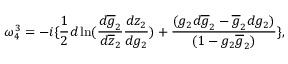
\omega _ { 4 } ^ { 3 } = - i \{ \frac { 1 } { 2 } d \ln ( \frac { d \overline { { { g } } } _ { 2 } } { d \overline { { { z } } } _ { 2 } } \frac { d z _ { 2 } } { d g _ { 2 } } ) + \frac { ( g _ { 2 } d \overline { { { g } } } _ { 2 } - \overline { { { g } } } _ { 2 } d g _ { 2 } ) } { ( 1 - g _ { 2 } \overline { { { g } } } _ { 2 } ) } \} ,